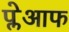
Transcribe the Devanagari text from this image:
प्लेआफ